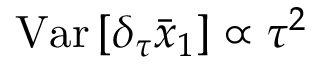
\mathrm { V a r } \, [ \delta _ { \tau } \bar { x } _ { 1 } ] \propto \tau ^ { 2 }